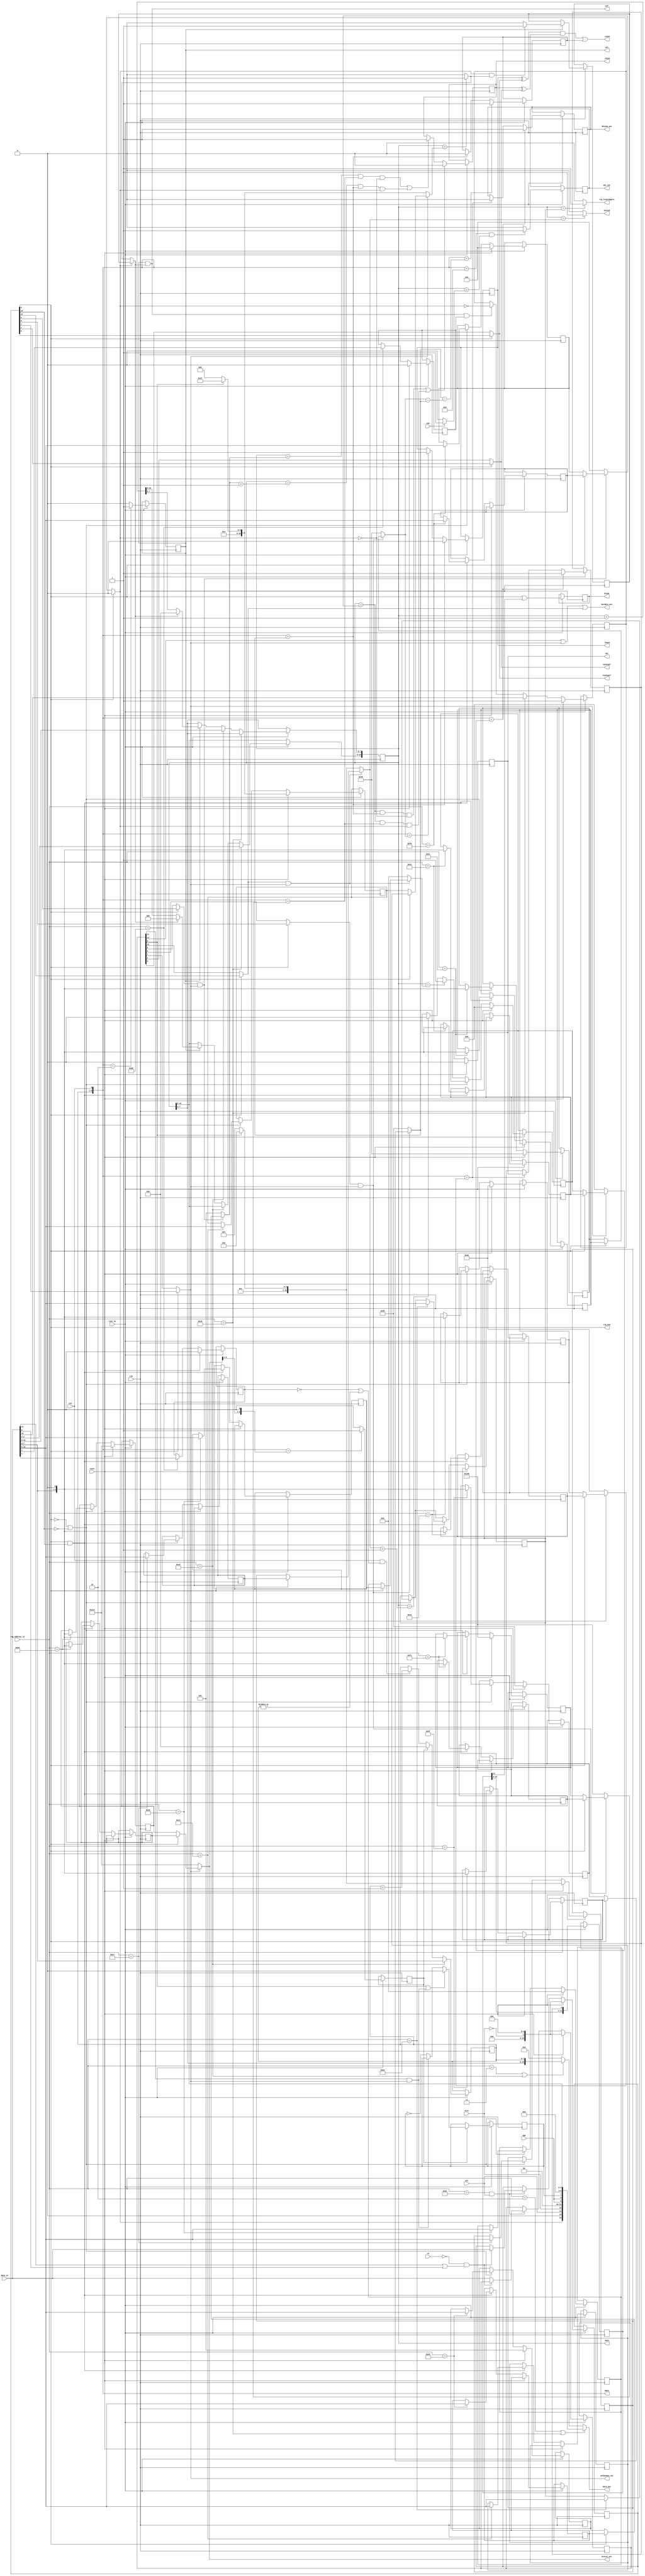
module agnus_beamcounter
(
	input	clk,					// bus clock
	input clk7_en,
	input	reset,					// reset
	input rd,	// Import read signal so we can guard against phantom writes to RTG
	input	cck,					// CCK clock
	input	ntsc,					// NTSC mode switch
	input aga,
	input	ecs,					// ECS enable switch
	input	a1k,					// enable A1000 VBL interrupt timing
	input	[15:0] data_in,			// bus data in
	output	reg [15:0] data_out,	// bus data out
	input 	[8:1] reg_address_in,	// register address inputs
	output	reg [8:0] hpos,			// horizontal beam counter (140ns)
	output	reg [10:0] vpos,		// vertical beam counter
	output	reg _hsync,				// horizontal sync
	output	wire hsyncpol,			// horizontal sync polarity
	output	reg _vsync,				// vertical sync
	output	wire vsyncpol,			// vertical sync polarity
	output	_csync,					// composite sync
	output	reg blank,				// video blanking
	output	vbl,					// vertical blanking
	output	vblend,					// last line of vertical blanking
	output	eol,					// end of video line
	output	eof,					// end of video frame
	output	reg vbl_int,			// vertical interrupt request (for Paula)
	output	[8:0] htotal_out,			// video line length
	output harddis_out,
	output varbeamen_out,
	output rtg_ena,
	output rtg_linecompare,
	output reg hblank_out
);

// local beam position counters
reg		ersy;
reg		lace;

//local signals for beam counters and sync generator
reg		long_frame_r;		// 1 : long frame (313 lines); 0 : normal frame (312 lines)
wire		long_frame;
reg		long_line;		// long line signal for NTSC compatibility (actually long lines are not supported yet)
reg		vser;			// vertical sync serration pulses for composite sync

//register names and adresses		
parameter	VPOSR    = 9'h004;
parameter	VPOSW    = 9'h02A;
parameter	VHPOSR   = 9'h006;
parameter	VHPOSW   = 9'h02C;
parameter	BPLCON0  = 9'h100;
parameter	HTOTAL   = 9'h1C0;
parameter	HSSTOP   = 9'h1C2;
parameter	HBSTRT   = 9'h1C4;
parameter	HBSTOP   = 9'h1C6;
parameter	VTOTAL   = 9'h1C8;
parameter	VSSTOP   = 9'h1CA;
parameter	VBSTRT   = 9'h1CC;
parameter	VBSTOP   = 9'h1CE;
parameter	HSSTRT   = 9'h1DE;
parameter	BEAMCON0 = 9'h1DC;
parameter	VSSTRT   = 9'h1E0;
parameter	HCENTER  = 9'h1E2;
parameter	BPLHSTRT = 9'h1D4; // UHRES vstart - never implemented on real hardware - use for RTG split

parameter	HBSTRT_VAL      = 17+4+4-12;// horizontal blanking start
parameter	HSSTRT_VAL      = 29+4+4;	// front porch = 1.6us (29)
parameter	HSSTOP_VAL      = 63-1+4+4;	// hsync pulse duration = 4.7us (63)
parameter	HBSTOP_VAL      = 103-5+4-12;// back porch = 4.7us (103) shorter blanking for overscan visibility
parameter	HCENTER_VAL     = 256+4+4;	// position of vsync pulse during the long field of interlaced screen
parameter	VSSTRT_VAL      = 2; //3	// vertical sync start
parameter	VSSTOP_VAL      = 5;	// PAL vsync width: 2.5 lines (NTSC: 3 lines - not implemented)
parameter	VBSTRT_VAL      = 0;	// vertical blanking start
parameter HTOTAL_VAL      = 8'd227 - 8'd1; // line length of 227 CCKs in PAL mode (NTSC line length of 227.5 CCKs is not supported)
parameter VTOTAL_PAL_VAL  = 11'd312 - 11'd1; // total number of lines (PAL: 312 lines, NTSC: 262)
parameter VTOTAL_NTSC_VAL = 11'd262 - 11'd1; // total number of lines (PAL: 312 lines, NTSC: 262)
parameter VBSTOP_PAL_VAL  = 9'd25; // vertical blanking end (PAL 26 lines, NTSC vblank 21 lines)
parameter VBSTOP_NTSC_VAL = 9'd20; // vertical blanking end (PAL 26 lines, NTSC vblank 21 lines)

//wire	[8:0] vbstop;		// vertical blanking stop

reg		end_of_line;
wire	end_of_frame;

reg 	vpos_inc;			// increase vertical position counter
wire 	vpos_equ_vtotal;	// vertical beam counter is equal to its maximum count (in interlaced mode it counts one line more)
reg		extra_line;			// extra line (used in interlaced mode)
wire	last_line;			// indicates the last line is displayed (in non-interlaced mode vpos equals to vtotal, in interlaced mode vpos equals to vtotal+1)


//beam position output signals
//assign	htotal = 8'd227 - 8'd1;                           // line length of 227 CCKs in PAL mode (NTSC line length of 227.5 CCKs is not supported)
//assign	vtotal = pal ? VTOTAL_PAL_VAL : VTOTAL_NTSC_VAL;  // total number of lines (PAL: 312 lines, NTSC: 262)
//assign	vbstop = pal ? VBSTOP_PAL_VAL : VBSTOP_NTSC_VAL;  // vertical blanking end (PAL 26 lines, NTSC vblank 21 lines)

//first visible line $1A (PAL) or $15 (NTSC)
//sprites are fetched on line $19 (PAL) or $14 (NTSC) - vblend signal used to tell Agnus to fetch sprites during the last vertical blanking line

//--------------------------------------------------------------------------------------

//beamcounter read registers VPOSR and VHPOSR
always @(*)
	if (reg_address_in[8:1]==VPOSR[8:1] || reg_address_in[8:1]==VPOSW[8:1])
		data_out[15:0] = {long_frame,1'b0,ecs,ntsc,2'b00,{2{aga}},long_line,4'b0000,vpos[10:8]};
	else if (reg_address_in[8:1]==VHPOSR[8:1] || reg_address_in[8:1]==VHPOSW[8:1])
		data_out[15:0] = {vpos[7:0],hpos[8:1]};
	else
		data_out[15:0] = 0;


// BEAMCON0 register
reg [15:0] beamcon0_reg;
reg [15:0] beamcon0_sh;
always @ (posedge clk) begin
  if (clk7_en) begin
    if (reset) begin
      beamcon0_reg <= #1 {10'b0, ~ntsc, 5'b0};
      beamcon0_sh <= #1 {10'b0, ~ntsc, 5'b0};
	 end else if ((reg_address_in[8:1] == BEAMCON0[8:1]) && ecs) begin
		// Write to shadow register only in RTG mode when lpendis or displaydual are high
		if(!rd && (data_in[13] || data_in[6]))
			beamcon0_sh <= #1 data_in;
		else // Otherwise update the non-shadowed reg 
			beamcon0_reg <= #1 data_in;
    end
  end
end


// Multiplex between standard and shadow regs depending on whether RTG is on.
wire harddis      = beamcon0_reg[14];
wire lpendis      = beamcon0_sh[13];
wire varvben      = displaydual ? beamcon0_sh[12] : beamcon0_reg[12];
wire loldis       = beamcon0_reg[11];
wire cscben       = beamcon0_reg[10];
wire varvsyen     = displaydual ? beamcon0_sh[9] :beamcon0_reg[ 9];
wire varhsyen     = displaydual ? beamcon0_sh[8] :beamcon0_reg[ 8];
wire varbeamen    = displaydual ? beamcon0_sh[7] :beamcon0_reg[ 7];
wire displaydual  = beamcon0_sh[ 6];
wire displaypal   = beamcon0_reg[ 5];
wire varcsyen     = displaydual ? beamcon0_sh[4] :beamcon0_reg[ 4];
wire blanken      = displaydual ? beamcon0_sh[3] :beamcon0_reg[ 3];
wire csynctrue    = displaydual ? beamcon0_sh[2] :beamcon0_reg[ 2];
wire vsynctrue    = displaydual ? beamcon0_sh[1] :beamcon0_reg[ 1];
wire hsynctrue    = displaydual ? beamcon0_sh[0] :beamcon0_reg[ 0];

assign hsyncpol = hsynctrue;
assign vsyncpol = vsynctrue;


// write ERSY bit of bplcon0 register (External ReSYnchronization - genlock)
always @(posedge clk)
  if (clk7_en) begin
  	if (reset)
  		ersy <= 1'b0;
  	else if (reg_address_in[8:1] == BPLCON0[8:1])
  		ersy <= data_in[1];
  end
		
//BPLCON0 register
always @(posedge clk)
  if (clk7_en) begin
  	if (reset)
  		lace <= 1'b0;
  	else if (reg_address_in[8:1]==BPLCON0[8:1])
  		lace <= data_in[2];
  end


// programmable display mode regs
// AMR - shadow copies for RTG
reg [ 8:0] htotal_reg;
reg [ 8:0] hsstrt_reg;
reg [ 8:0] hsstop_reg;
reg [ 8:0] hcenter_reg;
reg [ 8:0] hbstrt_reg; // not correct size, this should have [10:0]
reg [ 8:0] hbstop_reg;
reg [10:0] vtotal_reg;
reg [10:0] vsstrt_reg;
reg [10:0] vsstop_reg;
reg [10:0] vbstrt_reg;
reg [10:0] vbstop_reg;

reg [ 8:0] htotal_sh;
reg [ 8:0] hsstrt_sh;
reg [ 8:0] hsstop_sh;
reg [ 8:0] hcenter_sh;
reg [ 8:0] hbstrt_sh; // not correct size, this should have [10:0]
reg [ 8:0] hbstop_sh;
reg [10:0] vtotal_sh;
reg [10:0] vsstrt_sh;
reg [10:0] vsstop_sh;
reg [10:0] vbstrt_sh;
reg [10:0] vbstop_sh;

// AMR - Register for never-implemented-on-real-hardware Dual mode - we use as line compare
reg [10:0] bplhstrt_reg;

always @ (posedge clk) begin
  if (clk7_en) begin
    if (reset) begin
      htotal_reg  <= #1 HTOTAL_VAL << 1;
      hsstrt_reg  <= #1 HSSTRT_VAL;
      hsstop_reg  <= #1 HSSTOP_VAL;
      hcenter_reg <= #1 HCENTER_VAL;
      hbstrt_reg  <= #1 HBSTRT_VAL;
      hbstop_reg  <= #1 HBSTOP_VAL;
      vtotal_reg  <= #1 displaypal ? VTOTAL_PAL_VAL : VTOTAL_NTSC_VAL;
      vsstrt_reg  <= #1 VSSTRT_VAL;
      vsstop_reg  <= #1 VSSTOP_VAL;
      vbstrt_reg  <= #1 VBSTRT_VAL;
      vbstop_reg  <= #1 displaypal ? VBSTOP_PAL_VAL : VBSTOP_NTSC_VAL;
    end else begin
		if(!displaydual || !lpendis) begin  // Normal registers when RTG is off, or lpendis is low
			case (reg_address_in[8:1])
			  BPLHSTRT[8:1]: bplhstrt_reg  <= #1 {data_in[10:0]};
			  HTOTAL [8:1] : htotal_reg  <= #1 {data_in[ 7:0], 1'b0};
			  HSSTRT [8:1] : hsstrt_reg  <= #1 {data_in[ 7:0], 1'b0};
			  HSSTOP [8:1] : hsstop_reg  <= #1 {data_in[ 7:0], 1'b0};
			  HCENTER[8:1] : hcenter_reg <= #1 {data_in[ 7:0], 1'b0};
			  HBSTRT [8:1] : hbstrt_reg  <= #1 {data_in[ 7:0], 1'b0}; // TODO fix this
			  HBSTOP [8:1] : hbstop_reg  <= #1 {data_in[ 7:0], 1'b0};
			  VTOTAL [8:1] : vtotal_reg  <= #1 {data_in[10:0]};
			  VSSTRT [8:1] : vsstrt_reg  <= #1 {data_in[10:0]};
			  VSSTOP [8:1] : vsstop_reg  <= #1 {data_in[10:0]};
			  VBSTRT [8:1] : vbstrt_reg  <= #1 {data_in[10:0]};
			  VBSTOP [8:1] : vbstop_reg  <= #1 {data_in[10:0]};
			endcase
		end
		if(displaydual && lpendis) begin  // Shadow regs when RTG is on and lpendis is high
			case (reg_address_in[8:1])
			  BPLHSTRT[8:1]: bplhstrt_reg  <= #1 {data_in[10:0]};
			  HTOTAL [8:1] : htotal_sh  <= #1 {data_in[ 7:0], 1'b0};
			  HSSTRT [8:1] : hsstrt_sh  <= #1 {data_in[ 7:0], 1'b0};
			  HSSTOP [8:1] : hsstop_sh  <= #1 {data_in[ 7:0], 1'b0};
			  HCENTER[8:1] : hcenter_sh <= #1 {data_in[ 7:0], 1'b0};
			  HBSTRT [8:1] : hbstrt_sh  <= #1 {data_in[ 7:0], 1'b0}; // TODO fix this
			  HBSTOP [8:1] : hbstop_sh  <= #1 {data_in[ 7:0], 1'b0};
			  VTOTAL [8:1] : vtotal_sh  <= #1 {data_in[10:0]};
			  VSSTRT [8:1] : vsstrt_sh  <= #1 {data_in[10:0]};
			  VSSTOP [8:1] : vsstop_sh  <= #1 {data_in[10:0]};
			  VBSTRT [8:1] : vbstrt_sh  <= #1 {data_in[10:0]};
			  VBSTOP [8:1] : vbstop_sh  <= #1 {data_in[10:0]};
			endcase
		end
    end
  end
end

// programmable display mode values
wire [ 8:0] htotal;   // line length of 227 CCKs in PAL mode (NTSC line length of 227.5 CCKs is not supported)
wire [ 8:0] hsstrt;
wire [ 8:0] hsstop;
wire [ 8:0] hcenter;
wire [ 8:0] hbstrt;
wire [ 8:0] hbstop;
wire [10:0] vtotal;
wire [10:0] vsstrt;
wire [10:0] vsstop;
wire [10:0] vbstrt;
wire [10:0] vbstop;

assign htotal  =             varbeamen ? (displaydual ? htotal_sh : htotal_reg)  : HTOTAL_VAL << 1;
assign hsstrt  = varhsyen && varbeamen ? (displaydual ? hsstrt_sh : hsstrt_reg)  : HSSTRT_VAL;
assign hsstop  = varhsyen && varbeamen ? (displaydual ? hsstop_sh : hsstop_reg)  : HSSTOP_VAL;
assign hcenter = varhsyen && varbeamen ? (displaydual ? hcenter_sh : hcenter_reg) : HCENTER_VAL;
assign hbstrt  =             varbeamen ? (displaydual ? hbstrt_sh : hbstrt_reg)  : HBSTRT_VAL;
assign hbstop  =             varbeamen ? (displaydual ? hbstop_sh : hbstop_reg)  : HBSTOP_VAL;
assign vtotal  =             varbeamen ? (displaydual ? vtotal_sh : vtotal_reg)  : displaypal ? VTOTAL_PAL_VAL : VTOTAL_NTSC_VAL;
assign vsstrt  = varvsyen && varbeamen ? (displaydual ? vsstrt_sh : vsstrt_reg)  : VSSTRT_VAL;
assign vsstop  = varvsyen && varbeamen ? (displaydual ? vsstop_sh : vsstop_reg)  : VSSTOP_VAL;
assign vbstrt  = varvben  && varbeamen ? (displaydual ? vbstrt_sh : vbstrt_reg)  : VBSTRT_VAL;
assign vbstop  = varvben  && varbeamen ? (displaydual ? vbstop_sh : vbstop_reg)  : displaypal ? VBSTOP_PAL_VAL : VBSTOP_NTSC_VAL;

assign htotal_out    = htotal;
assign harddis_out   = harddis || varbeamen || varvben;
assign varbeamen_out = varbeamen;


//--------------------------------------------------------------------------------------//
//                                                                                      //
//   HORIZONTAL BEAM COUNTER                                                            //
//                                                                                      //
//--------------------------------------------------------------------------------------//

//generate start of line signal
always @(posedge clk)
  if (clk7_en) begin
  	if (hpos[8:0]=={htotal[8:1],1'b0})
  		end_of_line <= 1'b1;
  	else
  		end_of_line <= 1'b0;
  end

// horizontal beamcounter
always @(posedge clk)
  if (clk7_en) begin
  	if (reg_address_in[8:1]==VHPOSW[8:1])
  		hpos[8:1] <= data_in[7:0]; 
  	else if (end_of_line)
  		hpos[8:1] <= 0;
  	else if (cck && (~ersy || |hpos[8:1]))
  		hpos[8:1] <= hpos[8:1] + 1'b1;
  end

always @(cck)
	hpos[0] = cck;

//long line signal (not used, only for better NTSC compatibility)
always @(posedge clk)
  if (clk7_en) begin
  	if (end_of_line)
  		if (displaypal || (loldis && varbeamen))
  			long_line <= 1'b0;
  		else if (!(loldis && varbeamen))
  			long_line <= ~long_line;
  end

//--------------------------------------------------------------------------------------//
//                                                                                      //
//   VERTICAL BEAM COUNTER                                                              //
//                                                                                      //
//--------------------------------------------------------------------------------------//

//vertical counter increase
always @(posedge clk)
  if (clk7_en) begin
  	if (hpos==2) //actual chipset works in this way
  		vpos_inc <= 1'b1;
  	else
  		vpos_inc <= 1'b0;
  end

//external signals assigment
assign eol = vpos_inc;

//vertical position counter
//vpos changes after hpos equals 3
always @(posedge clk)
  if (clk7_en) begin
  	if (reg_address_in[8:1]==VPOSW[8:1])
  		vpos[10:8] <= data_in[2:0];
  	else if (reg_address_in[8:1]==VHPOSW[8:1])
  		vpos[7:0] <= data_in[15:8];
  	else if (vpos_inc)
  		if (last_line)
  			vpos <= 0;
  		else
  			vpos <= vpos + 1'b1;
  end

// long_frame - long frame signal used in interlaced mode
always @(posedge clk)
  if (clk7_en) begin
  	if (reset)
  		long_frame_r <= 1'b1;
  	else if (reg_address_in[8:1]==VPOSW[8:1])
  		long_frame_r <= data_in[15];
  	else if (end_of_frame && lace) // interlace
  		long_frame_r <= ~long_frame;
  end

 assign long_frame = displaydual ? 1'b0 : long_frame_r;  // Don't want long frames in RTG mode
  
//maximum position of vertical beam position
assign vpos_equ_vtotal = vpos==vtotal ? 1'b1 : 1'b0;

//extra line in interlaced mode	
always @(posedge clk)
  if (clk7_en) begin
  	if (vpos_inc)
  		if (long_frame && vpos_equ_vtotal)
  			extra_line <= 1'b1;
  		else
  			extra_line <= 1'b0;
  end

//in non-interlaced display the last line is equal to vtotal or vtotal+1 (depends on long_frame)
//in interlaced mode every second frame is vtotal+1 long
assign last_line = long_frame ? extra_line : vpos_equ_vtotal;

//generate end of frame signal
assign end_of_frame = vpos_inc & last_line;

//external signal assigment
assign eof = end_of_frame;

always @(posedge clk)
  if (clk7_en) begin
  	vbl_int <= hpos==8 && vpos==(a1k ? 1 : 0) ? 1'b1 : 1'b0; // OCS AGNUS CHIPS 8361/8367 assert vbl int in line #1
  end

//--------------------------------------------------------------------------------------//
//                                                                                      //
//  VIDEO SYNC GENERATOR                                                                //
//                                                                                      //
//--------------------------------------------------------------------------------------//

//horizontal sync
always @(posedge clk)
  if (clk7_en) begin
  	if (hpos==hsstrt)//start of sync pulse (front porch = 1.69us)
  		_hsync <= 1'b0;
  	else if (hpos==hsstop)//end of sync pulse (sync pulse = 4.65us)
  		_hsync <= 1'b1;
  end

//vertical sync and vertical blanking
always @(posedge clk)
  if (clk7_en) begin
  	if ((vpos==vsstrt && hpos==hsstrt && !long_frame) || (vpos==vsstrt && hpos==hcenter && long_frame))
  		_vsync <= 1'b0;
  	else if ((vpos==vsstop && hpos==hcenter && !long_frame) || (vpos==vsstop+1 && hpos==hsstrt && long_frame))
  		_vsync <= 1'b1;
  end

//apparently generating csync from vsync alligned with leading edge of hsync results in malfunction of the AD724 CVBS/S-Video encoder (no colour in interlaced mode)
//to overcome this limitation semi (only present before horizontal sync pulses) vertical sync serration pulses are inserted into csync
always @(posedge clk)//sync
  if (clk7_en) begin
  	if (hpos==hsstrt-(hsstop-hsstrt))//start of sync pulse (front porch = 1.69us)
  		vser <= 1'b1;
  	else if (hpos==hsstrt)//end of sync pulse	(sync pulse = 4.65us)
  		vser <= 1'b0;
  end

//composite sync
assign _csync = (_hsync ^ hsynctrue) & (_vsync ^ vsynctrue) | vser; //composite sync with serration pulses

//--------------------------------------------------------------------------------------//
//                                                                                      //
//  VIDEO BLANKING GENERATOR                                                            //
//                                                                                      //
//--------------------------------------------------------------------------------------//


//vertical blanking
reg vbl_reg;
always @ (posedge clk) begin
  if (reset)
    vbl_reg <= #1 1'b0;
  else if (vpos == vbstrt)
    vbl_reg <= #1 1'b1;
  else if (vpos == vbstop+1)
    vbl_reg <= #1 1'b0;
end

// assign vbl = (vpos <= vbstop) ? 1'b1 : 1'b0;
assign vbl = vbl_reg; // TODO

//vertical blanking end (last line)
assign vblend = vpos==vbstop ? 1'b1 : 1'b0;

// line compare:
assign rtg_linecompare = vpos==bplhstrt_reg ? 1'b1 : 1'b0;

// We don't want to delay hblank by 12 7Mhz clks in RTG mode
// Rather than use two lots of comaparators, delay the chipset
// blank signal with a shift register.
reg [11:0] hblank_delay;
reg hblank_tmp;
//composite display blanking		
always @(posedge clk)
begin
	if (clk7_en) begin
		blank<=displaydual | hblank_delay[11]; // Blank while RTG is enabled
		hblank_delay<={hblank_delay[10:0],hblank_tmp};
		if (hpos==hbstrt) begin
			hblank_tmp<=1'b1;
			hblank_out<=1'b1;
		end
		else if (hpos==hbstop) begin
			hblank_out<=1'b0;	
			hblank_tmp<=vbl;
		end
//		if (hpos==hbstrt + 8'd12) //start of blanking (active line=51.88us)
//			blank <= 1'b1;
//		else if (hpos==hbstop + 8'd12) begin//end of blanking (back porch=5.78us)
			// TODO 		blank <= vbl_reg;
//			blank <= vbl;
//		end
	end
end

// Abuse the DUAL bit in BEAMCON0 to enable the RTG mode
assign rtg_ena = displaydual;
endmodule